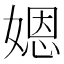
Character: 𡟯